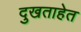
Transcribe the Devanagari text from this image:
दुखताहेत